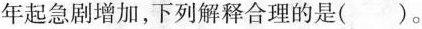
年起急剧增加，下列解释合理的是（）。